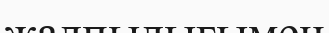
жалпылығымен